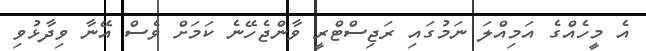
އެ މީހެއްގެ އަމިއްލަ ނަމުގައި ރަޖިސްޓްރީ ވާންޖެހޭނެ ކަމަށް ވެސް އޭނާ ވިދާޅުވި